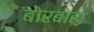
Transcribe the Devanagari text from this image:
बोरबोरा